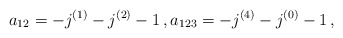
\begin{align*}a_{12} = -j^{(1)} - j^{(2)} - 1 \,, a_{123} = - j^{(4)} - j^{(0)} -1 \,, \end{align*}